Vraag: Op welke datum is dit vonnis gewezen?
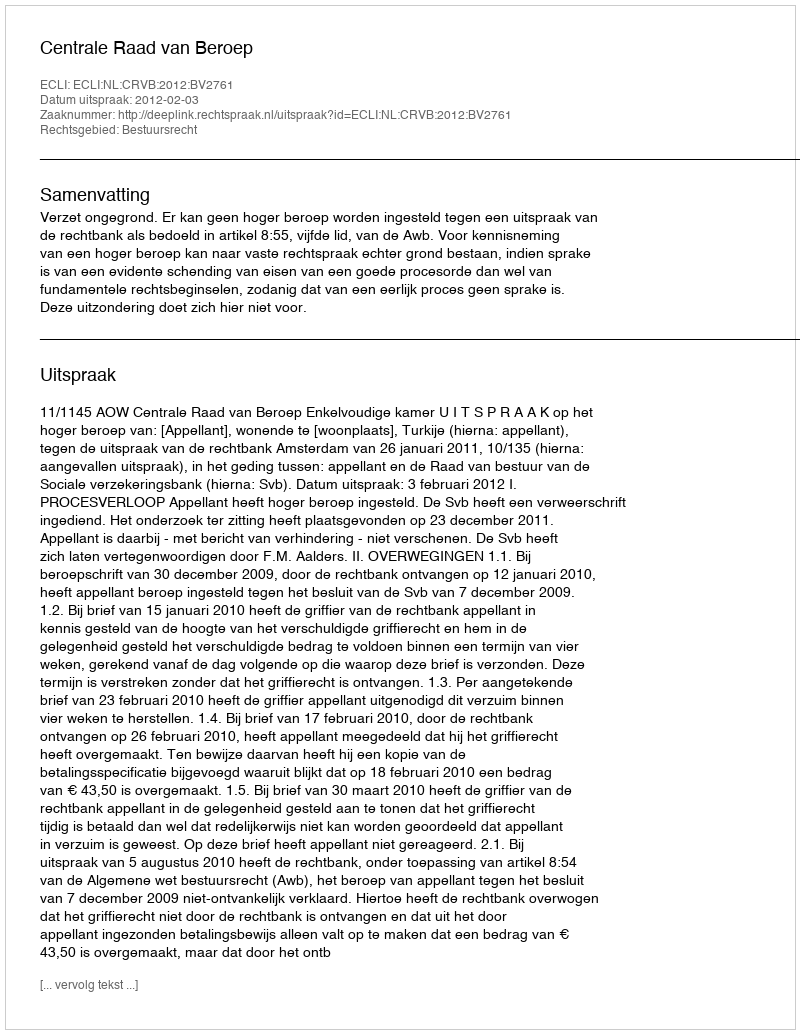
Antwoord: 2012-02-03